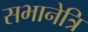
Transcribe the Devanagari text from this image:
सभानेत्रि